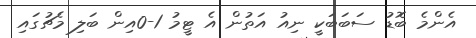
އެންމެ ބޮޑު ސަބަބަކީ ނިއު އަތުން އެ ޓީމު 1-0އިން ބަލި މެޗުގައި